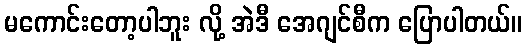
မကောင်းတော့ပါဘူး လို့ အဲဒီ အေဂျင်စီက ပြောပါတယ်။